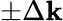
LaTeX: \pm\Delta\mathbf{k}